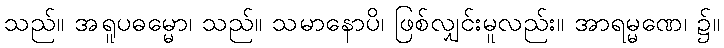
သည်။ အရူပဓမ္မော၊ သည်။ သမာနောပိ၊ ဖြစ်လျှင်းမူလည်း။ အာရမ္မဏေ၊ ၌။